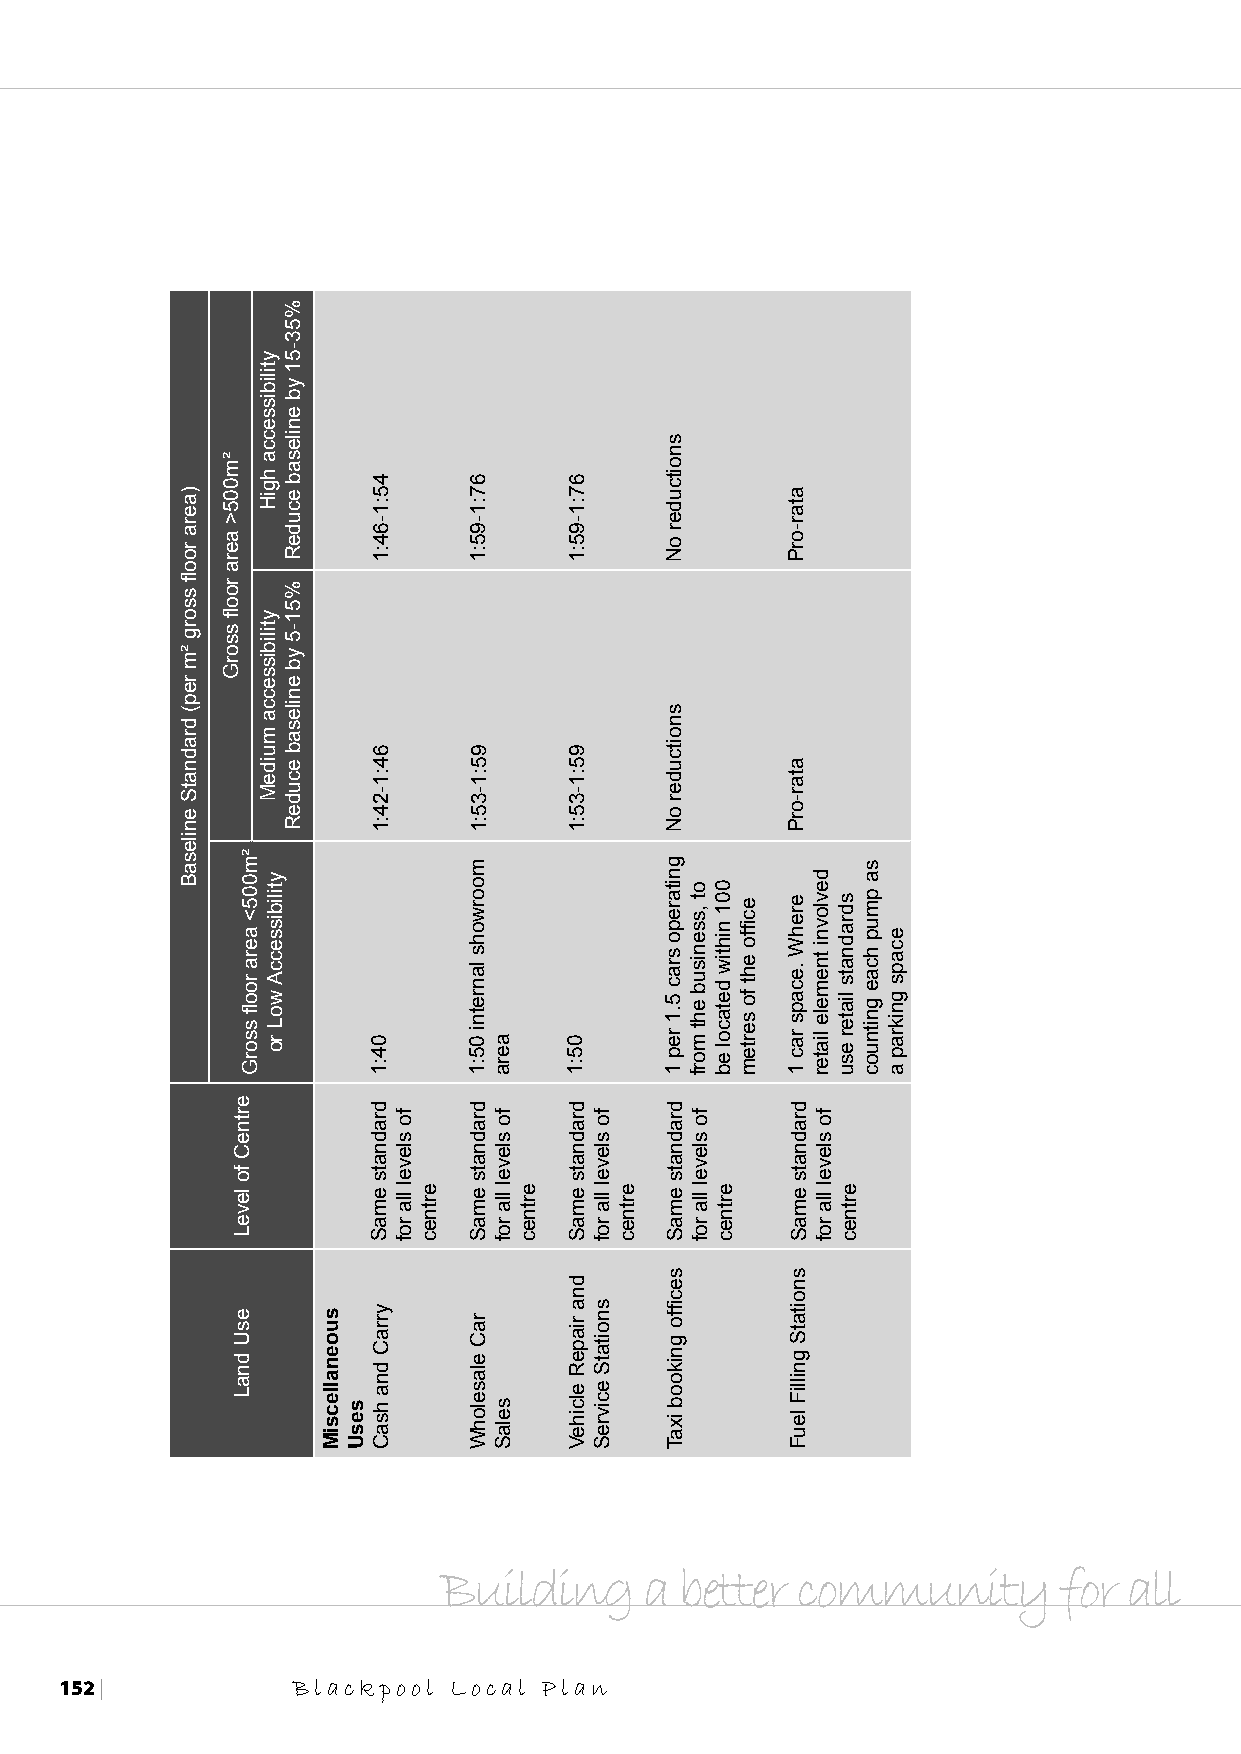
Building      a better  community        for  all
 152 |          Blackpool  Local Plan
 )aera
 roofl
 ssorg
 ²m
 rep(
 dradnatS
 enilesaB
 ²m005>
 aera
 roofl
 ssorG
 ertneC
 fo
 leveL
 esU
 dnaL
 ²m005<
 aera
 roofl
 ssorG
 ytilibissecca
 hgiH
 ytilibissecca
 muideM
 ytilibisseccA
 woL
 ro
 %53-51
 yb
 enilesab
 ecudeR
 %51-5
 yb
 enilesab
 ecudeR
 suoenallecsiM
 sesU
 45:1-64:1
 64:1-24:1
 04:1
 dradnats
 emaS
 yrraC
 dna
 hsaC
 fo
 slevel
 lla
 rof
 ertnec
 67:1-95:1
 95:1-35:1
 moorwohs
 lanretni
 05:1
 dradnats
 emaS
 raC
 elaselohW
 aera
 fo
 slevel
 lla
 rof
 selaS
 ertnec
 67:1-95:1
 95:1-35:1
 05:1
 dradnats
 emaS
 dna
 riapeR
 elciheV
 fo
 slevel
 lla
 rof
 snoitatS
 ecivreS
 ertnec
 snoitcuder
 oN
 snoitcuder
 oN
 gnitarepo
 srac
 5.1
 rep
 1
 dradnats
 emaS
 secfifo
 gnikoob
 ixaT
 ot
 ,ssenisub
 eht
 morf
 fo
 slevel
 lla
 rof
 001
 nihtiw
 detacol
 eb
 ertnec
 ecfifo
 eht
 fo
 sertem
 atar-orP
 atar-orP
 erehW
 .ecaps
 rac
 1
 dradnats
 emaS
 snoitatS
 gnilliF
 leuF
 devlovni
 tnemele
 liater
 fo
 slevel
 lla
 rof
 sdradnats
 liater
 esu
 ertnec
 sa
 pmup
 hcae
 gnitnuoc
 ecaps
 gnikrap
 a